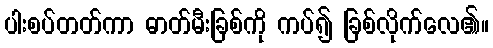
ပါးစပ်တတ်ကာ ဓာတ်မီးခြစ်ကို ကပ်၍ ခြစ်လိုက်လေ၏။